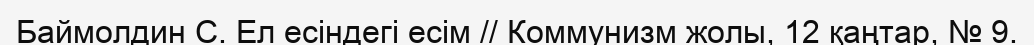
Баймолдин С. Ел есіндегі есім // Коммунизм жолы, 12 қаңтар, № 9.